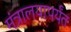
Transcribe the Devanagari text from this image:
मंत्रालयापर्यंत